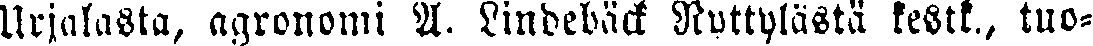
Urjalasta, agronomi A. Lindebäck Ryttylästä kestk., tuo-